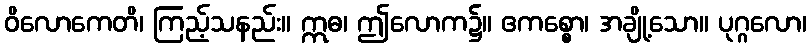
ဝိလောကေတိ၊ ကြည့်သနည်း။ ဣဓ၊ ဤလောက၌။ ဧကစ္စော၊ အချို့သော။ ပုဂ္ဂလော၊